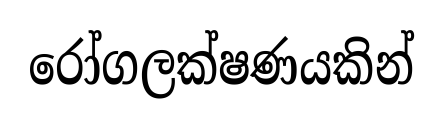
රෝගලක්ෂණයකින්